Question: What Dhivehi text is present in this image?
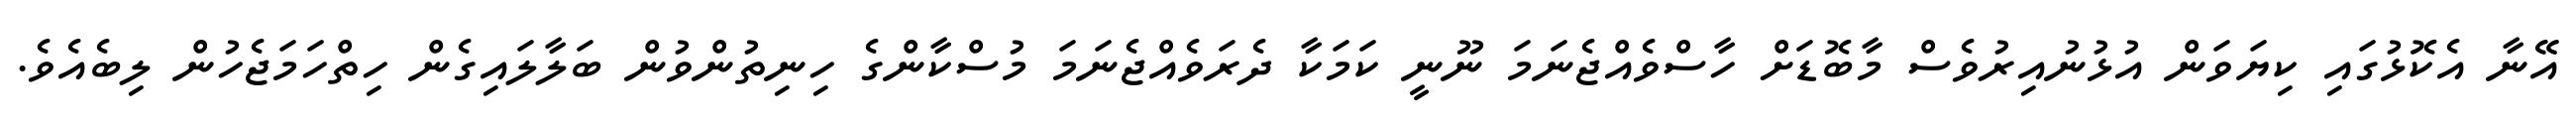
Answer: އޭނާ އެކޮޅުގައި ކިޔަވަން އުޅުނުއިރުވެސް މާބޮޑަށް ހާސްވެއްޖެނަމަ ނޫނީ ކަމަކާ ދެރަވެއްޖެނަމަ މުސްކާންގެ ހިނިތުންވުން ބަލާލައިގެން ހިތްހަމަޖެހުން ލިބެއެވެ.